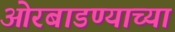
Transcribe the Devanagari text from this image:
ओरबाडण्याच्या